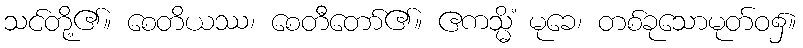
သင်တို့၏။ စေတိယဿ၊ စေတီတော်၏။ ဧကသ္မိံ မုခေ၊ တစ်ခုသောမုတ်ဝ၌။